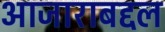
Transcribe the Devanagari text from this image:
आजाराबद्दल